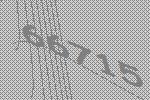
66715